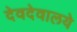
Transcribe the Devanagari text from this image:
देवदेवालये